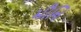
મૌનિ